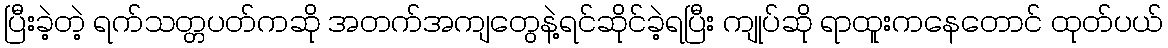
ပြီးခဲ့တဲ့ ရက်သတ္တပတ်ကဆို အတက်အကျတွေနဲ့ရင်ဆိုင်ခဲ့ရပြီး ကျုပ်ဆို ရာထူးကနေတောင် ထုတ်ပယ်